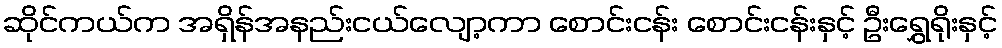
ဆိုင်ကယ်က အရှိန်အနည်းငယ်လျော့ကာ စောင်းငန်း စောင်းငန်းနှင့် ဦးရွှေရိုးနှင့်